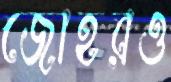
জোহরও